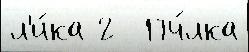
л'и́ка 2  Пч́лка